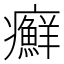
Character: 癬